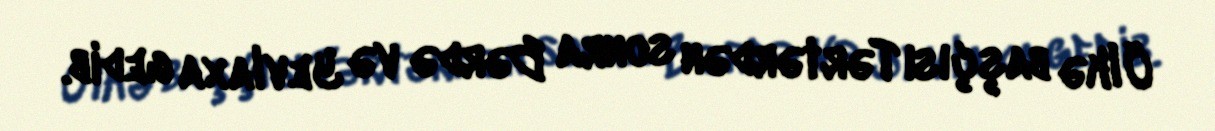
Ölkə başçısı Tərtərdən sonra Bərdə və Yevlaxa gedib.